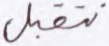
نتقبل